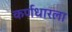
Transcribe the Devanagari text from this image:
कर्णधारला